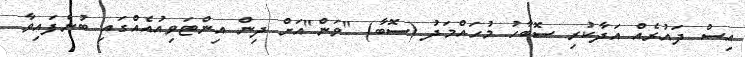
އިސް ދައުރެއް އަދާކުރި ސޮބާހު މުހައްމަދު (ސޮބާ) "ވަން"އަށް ދިން އިންޓަވިއުއެއްގައި ބުނެފައިވާ